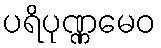
ပရိပုဏ္ဏမေဝ